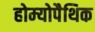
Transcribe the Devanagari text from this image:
होम्‍योपैथिक